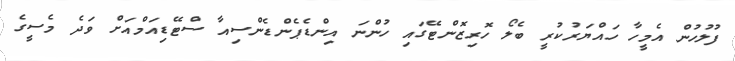
ފުލުހުން އެމީހާ ހައްޔަރުކުރީ ބެލޯ ހޮރިޒޮންޓޭގައި ހުންނަ އިންޑެޕެންޑެންސިއާ ސްޓޭޑިއަމްއަށް ވަދެ މެސީގެ